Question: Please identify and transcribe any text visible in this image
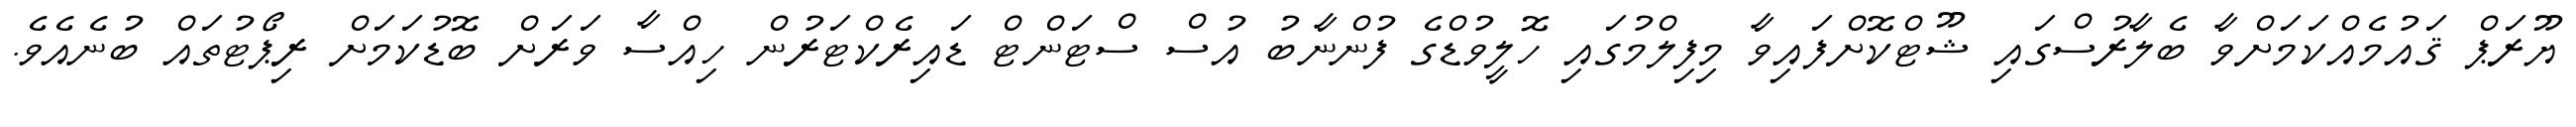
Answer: ޔޫރަޕް ޤައުމެއްކަމަށްވާ ބެލާރުސްގައި ޝޫޓްކޮށްފައިވާ މިފިލްމުގައި ހޮލީވުޑްގެ ފުންނާބު އުސް ސްޓަންޓް ޑައިރެކްޓަރުން ހިއްސާ ވަރަށް ބޮޑުކަމަށް ރިޕޯޓުތައް ބުނެއެވެ.